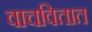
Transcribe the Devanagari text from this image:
वाचवितात